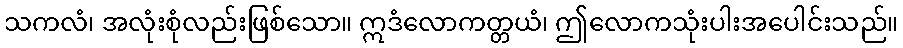
သကလံ၊ အလုံးစုံလည်းဖြစ်သော။ ဣဒံလောကတ္တယံ၊ ဤလောကသုံးပါးအပေါင်းသည်။